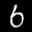
Label: 6